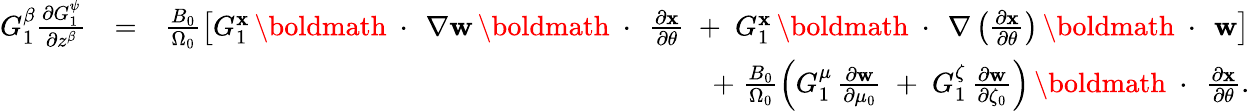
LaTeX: \begin{array}{rlr}{G_{1}^{\beta}\frac{\partial G_{1}^{\psi}}{\partial z^{\beta}}}&{=}&{\frac{B_{0}}{\Omega_{0}}\left[G_{1}^{\mathbf x}\, \mathrm{\boldmath~\cdot~}\, \nabla{\mathbf w}\, \mathrm{\boldmath~\cdot~}\, \frac{\partial\mathbf x}{\partial\theta}\; +\; G_{1}^{\mathbf x}\, \mathrm{\boldmath~\cdot~}\, \nabla\left(\frac{\partial\mathbf x}{\partial\theta}\right)\, \mathrm{\boldmath~\cdot~}\, {\mathbf w}\right]}\\ &{}&{+\; \frac{B_{0}}{\Omega_{0}}\left(G_{1}^{\mu}\, \frac{\partial\mathbf w}{\partial\mu_{0}}\; +\; G_{1}^{\zeta}\, \frac{\partial\mathbf w}{\partial\zeta_{0}}\right)\, \mathrm{\boldmath~\cdot~}\, \frac{\partial\mathbf x}{\partial\theta}.}\end{array}